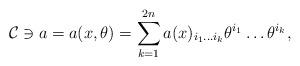
LaTeX: \begin{align*}{\cal C}\ni a=a(x,\theta )=\sum\limits_{k=1}^{2n}a(x)_{i_1\ldots i_k}\theta^{i_1}\ldots \theta ^{i_k},\end{align*}